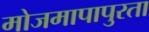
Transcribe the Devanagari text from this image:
मोजमापापुरता